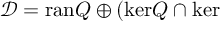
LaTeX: \mathcal { D } = \mathrm { r a n } Q \oplus ( \mathrm { k e r } Q \cap \mathrm { k e r }